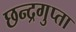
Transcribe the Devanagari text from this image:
छन्द्रगुप्ता